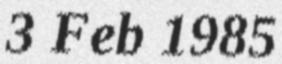
3 Feb 1985